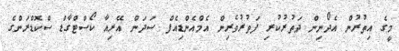
މީގެ އިތުރުން އެދޯނިން ދަތުރުކުރި ފަތުރުވެރިން އެމްއެންޑިއެފް ސަދަން އޭރިއާ ކޯސްޓްގާޑް ސްކޮޑްރަންގެ